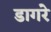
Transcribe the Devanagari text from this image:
डागरे